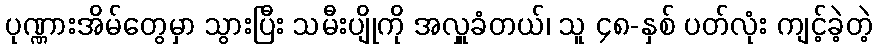
ပုဏ္ဏားအိမ်တွေမှာ သွားပြီး သမီးပျိုကို အလှူခံတယ်၊ သူ ၄၈-နှစ် ပတ်လုံး ကျင့်ခဲ့တဲ့